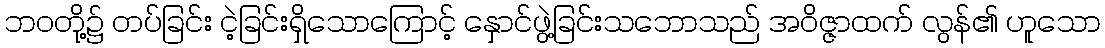
ဘဝတို့၌ တပ်ခြင်း ငဲ့ခြင်းရှိသောကြောင့် နှောင်ဖွဲ့ခြင်းသဘောသည် အဝိဇ္ဇာထက် လွန်၏ ဟူသော